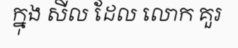
ក្នុង សីល ដែល លោក គួរ